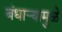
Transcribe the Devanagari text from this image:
बंधाऱ्यामुळे